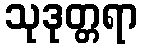
သုဒုတ္တရာ